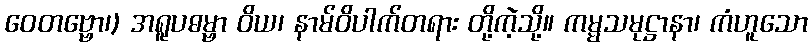
ဝေတဗ္ဗော၊) အရူပဓမ္ဗာ ဝိယ၊ နာမ်ဝိပါက်တရား တို့ကဲ့သို့။ ကမ္မသမုဋ္ဌာနာ၊ ကံဟူသော